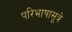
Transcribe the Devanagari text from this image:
परिभाषासूत्रे